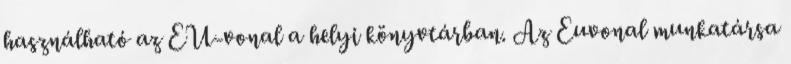
használható az EU-vonal a helyi könyvtárban. Az Euvonal munkatársa